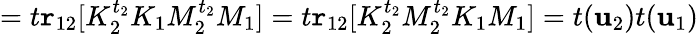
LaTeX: =t\mathtt{r}_{12}[K_{2}^{t_{2}}K_{1}M_{2}^{t_{2}}M_{1}]=t\mathtt{r}_{12}[K_{2}^{t_{2}}M_{2}^{t_{2}}K_{1}M_{1}]=t(\mathbf{u}_{2})t(\mathbf{u}_{1})